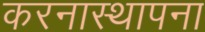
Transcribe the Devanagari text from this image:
करनास्थापना